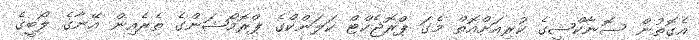
އެގޮތުން ސޮނާކްޝީގެ ކުރިއަށްއޮތް މެގަ ޕްރޮޖެކްޓް ކަލަންކްގެ ޕްރޮމޯޝަންގެ ތެރެއިން އޭނާގެ ލޯބީގެ